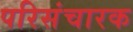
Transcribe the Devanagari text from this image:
परिसंचारक